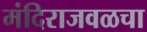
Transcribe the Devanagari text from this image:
मंदिराजवळचा